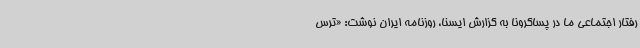
رفتار اجتماعی ما در پساکرونا به گزارش ایسنا، روزنامه ایران نوشت: «ترس